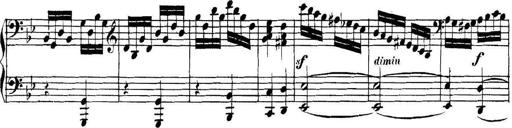
Title: Collected Piano Sonatas
Composer: Muzio Clementi